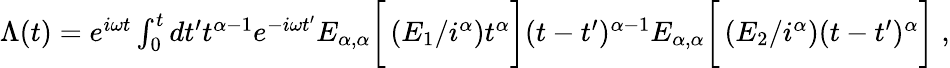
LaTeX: \begin{array}{r}{\Lambda(t)=e^{i\omega t}\int_{0}^{t}dt^{\prime}t^{\alpha-1}e^{-i\omega t^{\prime}}E_{\alpha,\alpha}\bigg[\left(E_{1}/i^{\alpha}\right)t^{\alpha}\bigg](t-t^{\prime})^{\alpha-1}E_{\alpha,\alpha}\bigg[\left(E_{2}/i^{\alpha}\right)(t-t^{\prime})^{\alpha}\bigg]\; ,}\end{array}